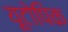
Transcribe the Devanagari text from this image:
यूटोपिक